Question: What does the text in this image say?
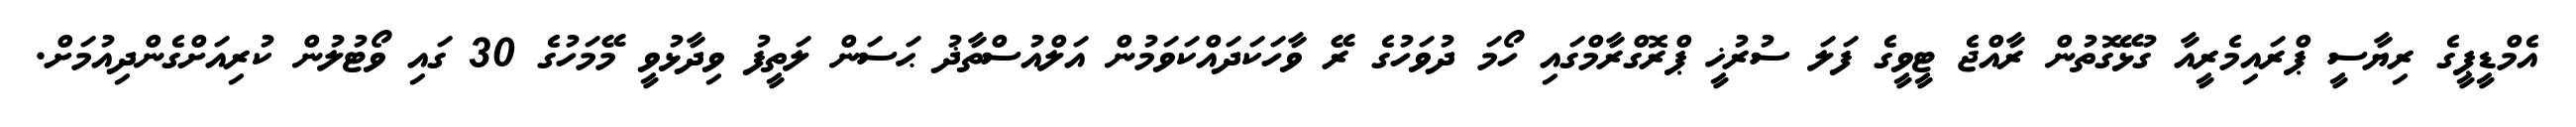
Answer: އެމްޑީޕީގެ ރިޔާސީ ޕްރައިމެރީއާ ގުޅޭގޮތުން ރާއްޖެ ޓީވީގެ ފަލަ ސުރުޚީ ޕްރޮގްރާމްގައި ހޯމަ ދުވަހުގެ ރޭ ވާހަކަދައްކަވަމުން އަލްއުސްތާޛު ޙަސަން ލަތީފު ވިދާޅުވީ މޭމަހުގެ 30 ގައި ވޯޓުލުން ކުރިއަށްގެންދިއުމަށް.